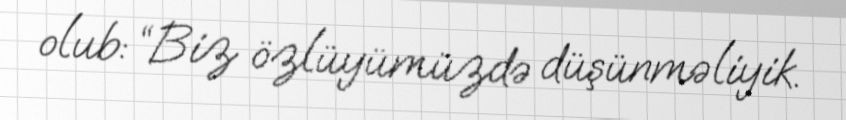
olub: “Biz özlüyümüzdə düşünməliyik.